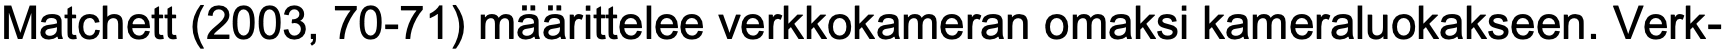
Matchett (2003, 70-71) määrittelee verkkokameran omaksi kameraluokakseen. Verk-